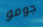
جومو